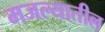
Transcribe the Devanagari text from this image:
मजल्यातील